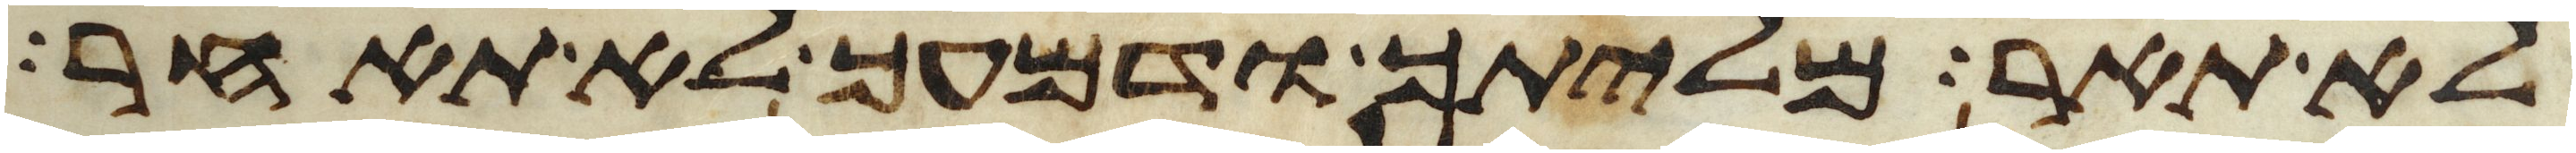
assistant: לא תאר מליתך ודמעך לא תאחר